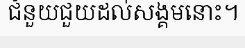
ជំនួយជួយដល់សង្គមនោះ។